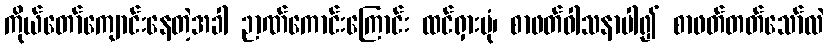
ကိုယ်တော်ကျောင်းနေတဲ့အခါ ဉာဏ်ကောင်းကြောင်း ထင်ရှားပုံ၊ စာဖတ်ဝါသနာပါ၍ စာဖတ်တတ်သော်လဲ